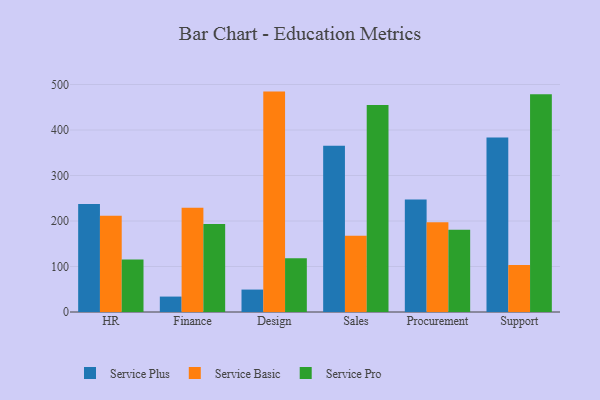
{"axis": {"x": "Department", "y": "Tickets Resolved"}, "legend": ["Service Basic", "Service Plus", "Service Pro"], "data": [{"x": "HR", "y": 237.5, "type": "Service Plus"}, {"x": "HR", "y": 211.3, "type": "Service Basic"}, {"x": "HR", "y": 115.6, "type": "Service Pro"}, {"x": "Finance", "y": 33.9, "type": "Service Plus"}, {"x": "Finance", "y": 229.1, "type": "Service Basic"}, {"x": "Finance", "y": 193.6, "type": "Service Pro"}, {"x": "Design", "y": 49.3, "type": "Service Plus"}, {"x": "Design", "y": 484.4, "type": "Service Basic"}, {"x": "Design", "y": 118.0, "type": "Service Pro"}, {"x": "Sales", "y": 365.2, "type": "Service Plus"}, {"x": "Sales", "y": 167.5, "type": "Service Basic"}, {"x": "Sales", "y": 454.8, "type": "Service Pro"}, {"x": "Procurement", "y": 247.5, "type": "Service Plus"}, {"x": "Procurement", "y": 197.2, "type": "Service Basic"}, {"x": "Procurement", "y": 180.6, "type": "Service Pro"}, {"x": "Support", "y": 383.6, "type": "Service Plus"}, {"x": "Support", "y": 103.1, "type": "Service Basic"}, {"x": "Support", "y": 478.6, "type": "Service Pro"}]}